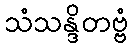
သံသန္ဒိတဗ္ဗံ